Lunatic asylums United Prov. 1922-30 - 1922-1930
Year: 1922
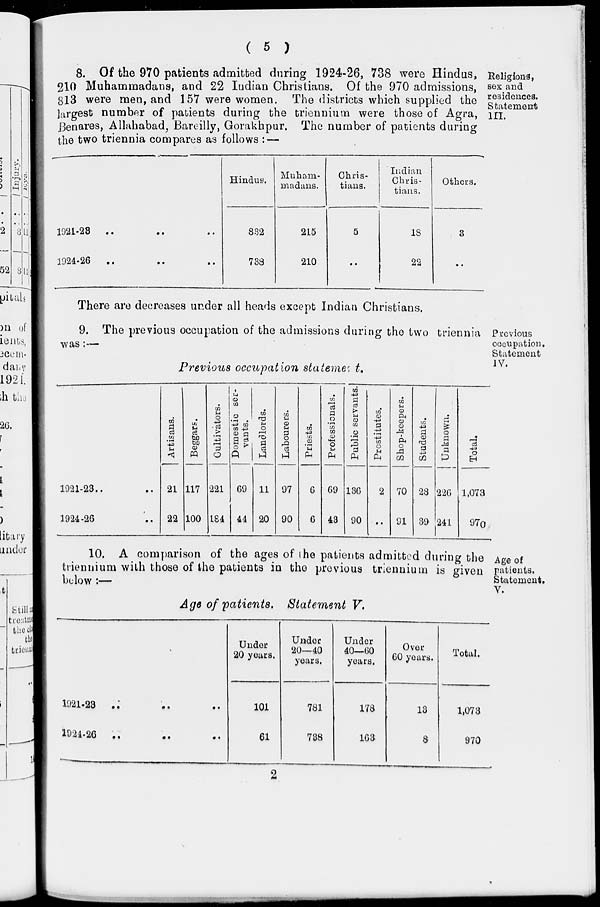
( 5 )
Religions,
sex and
residences.
Statement
III.
8. Of the 970 patients admitted during 1924-26, 738 were Hindus,
210 Muhammadans, and 22 Indian Christians. Of the 970 admissions,
813 were men, and 157 were women. The districts which supplied the
largest number of patients during the triennium were those of Agra,
Benares, Allahabad, Bareilly, Gorakhpur. The number of patients during
the two triennia compares as follows : —
1921-23 .. .. ..
1924-26 .. .. ..
Hindus.
832
738
Muhani-
madans.
215
210
Chris-
tians.
5
..
Indian
Chris-
tians.
18
22
Others.
3
..
There are decreases under all heads except Indian Christians.
Previous
occupation.
Statement
IV.
9. The previous occupation of the admissions during the two triennia
was:—
Previous occupation statement.
1921-23.. ..
1924-26 ..
Artisans.
21
22
Beggars.
117
100
Cultivators.
221
184
Domestic ser-
vants.
69
44
Landlords.
11
20
Labourers.
97
90
Priests.
6
6
Professionals.
69
43
Public servants.
136
90
Prostitutes.
2
..
Shop-keepers.
70
91
Students.
28
39
Unknown.
226
241
Total.
1,073
970
Age of
patients.
Statement.
V.
10. A comparison of the ages of the patients admitted during the
triennium with those of the patients in the previous triennium is given
below :—
Age of patients.
Statement V.
1921-23 .. .. ..
1924-26 .. .. ..
Under
20 years.
101
61
Under
20—40
years.
781
738
Under
40—60
years.
178
163
Over
60 years.
13
8
Total.
1,073
970
2